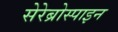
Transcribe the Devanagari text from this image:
सेरेब्रोस्पाइन